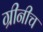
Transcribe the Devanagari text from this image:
ग्रीनीच